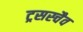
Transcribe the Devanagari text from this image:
ट्रसस्चैव